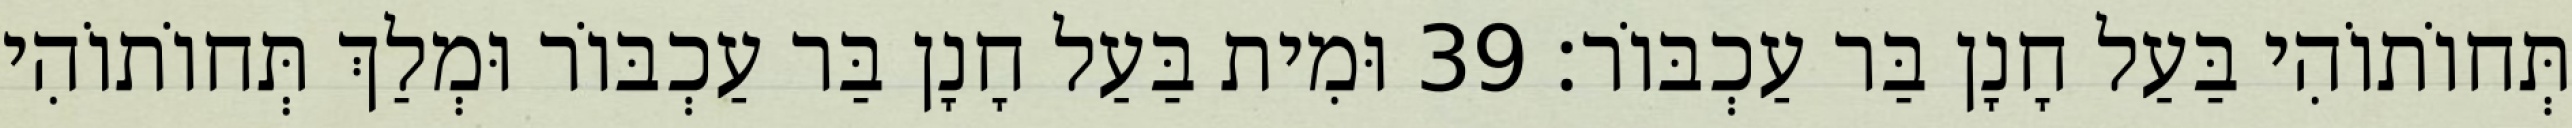
תְּחוֹתוֹהִי בַּעַל חָנָן בַּר עַכְבּוֹר׃ 39 וּמִית בַּעַל חָנָן בַּר עַכְבּוֹר וּמְלַךְ תְּחוֹתוֹהִי